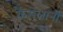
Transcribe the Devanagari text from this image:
कैसेलानी